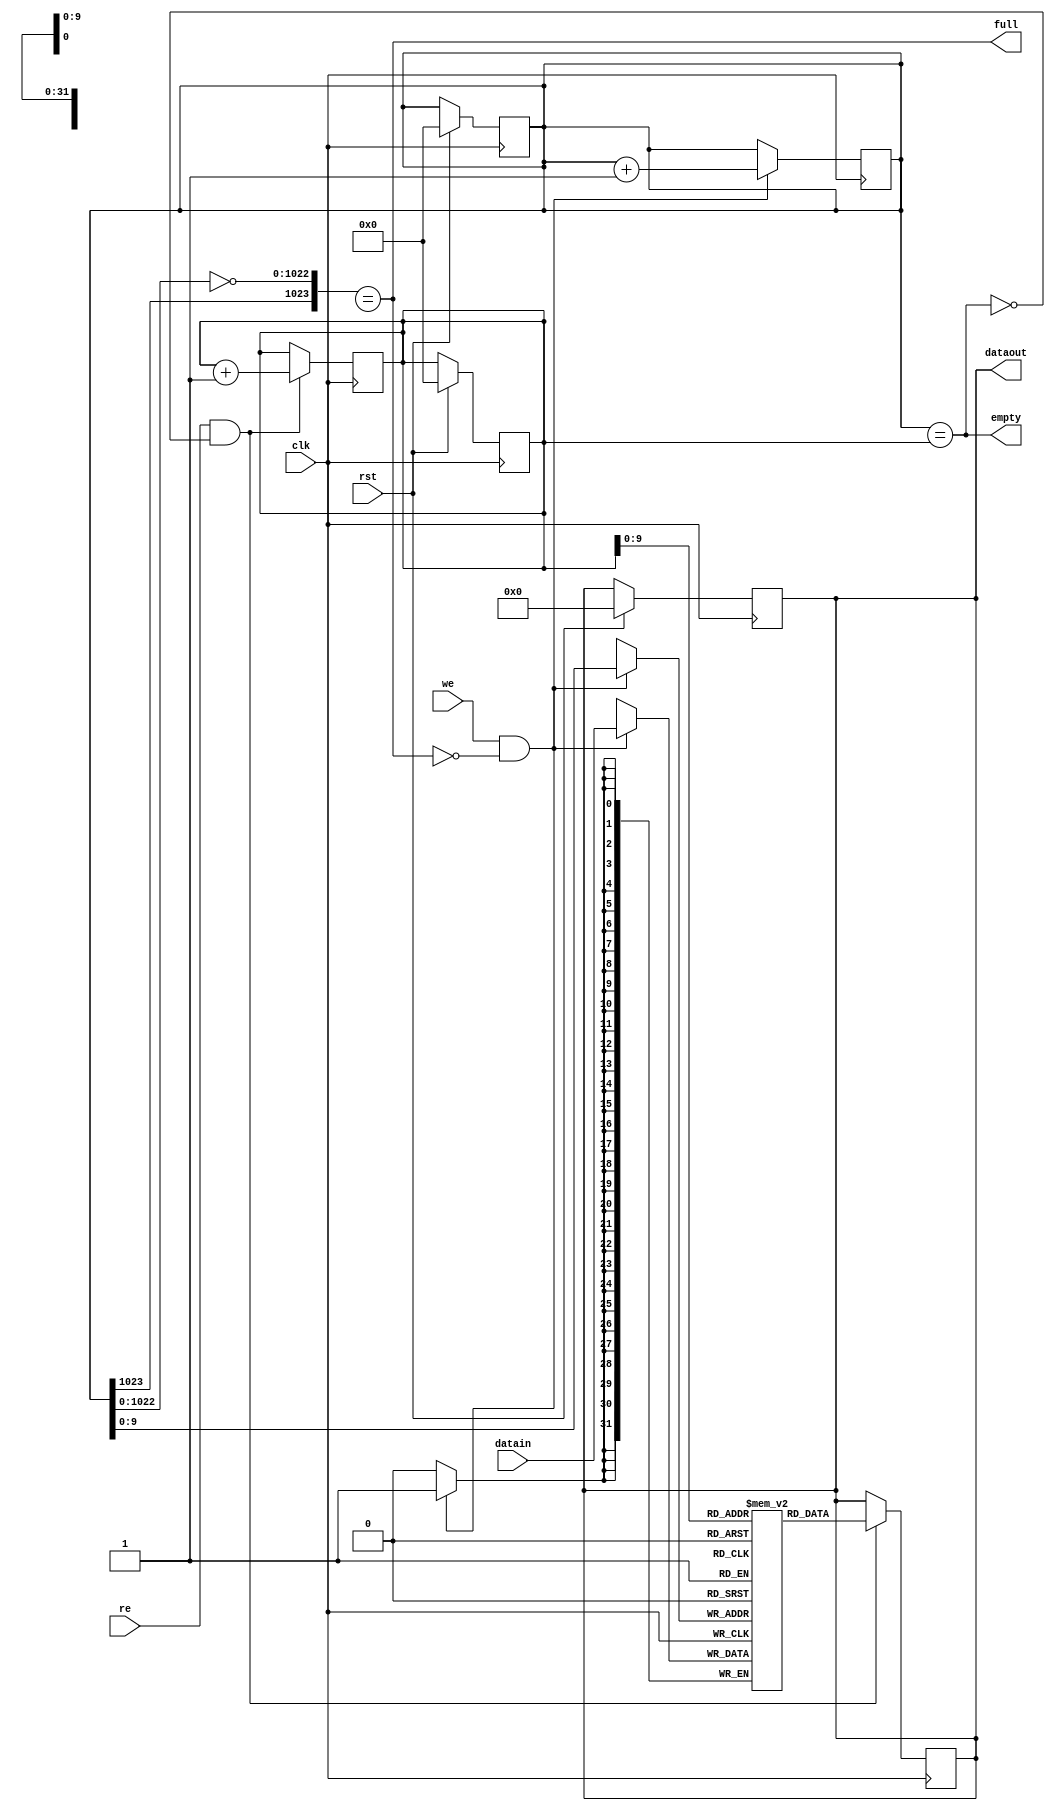
module sync_fifo (
  input clk, rst,
  input we, re,
  input [31:0] datain,
  output reg [31:0] dataout,
  output full, empty
);
  
  reg [1023 :0] wptr, rptr;
  reg [31:0] mem[1023:0];
  
  
  always@(posedge clk) begin
    if(rst) begin
      wptr <= 0; rptr <= 0;
      dataout <= 0;
    end
  end
  
  
  always@(posedge clk) begin
    if(we & !full)begin
      mem[wptr] <= datain;
      wptr <= wptr + 1;
    end
  end
  
  
  always@(posedge clk) begin
    if(re & !empty) begin
      dataout <= mem[rptr];
      rptr <= rptr + 1;
    end
  end
  
  assign full = ({wptr[1023],(~wptr[1022:0])} == r_ptr[1023:0]);
  assign empty = (wptr == rptr);
endmodule